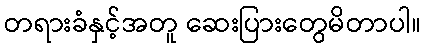
တရားခံနှင့်အတူ ဆေးပြားတွေမိတာပါ။